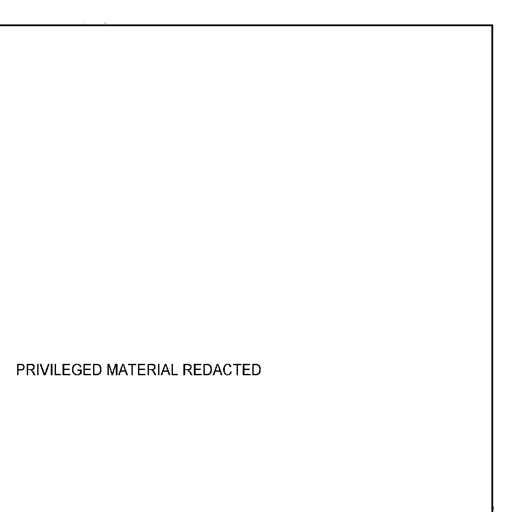
PRIVILEGED MATERIAL REDACTED